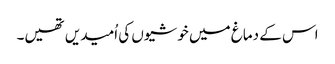
اس کے دماغ میں خوشیوں کی اُمیدیں تھیں۔